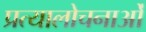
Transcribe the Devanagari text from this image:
प्रत्यालोचनाओं